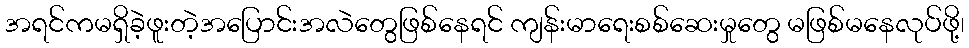
အရင်ကမရှိခဲ့ဖူးတဲ့အပြောင်းအလဲတွေဖြစ်နေရင် ကျန်းမာရေးစစ်ဆေးမှုတွေ မဖြစ်မနေလုပ်ဖို့၊